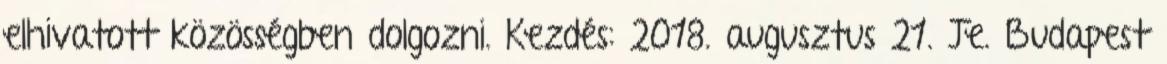
elhivatott közösségben dolgozni. Kezdés: 2018. augusztus 21. Je. Budapest